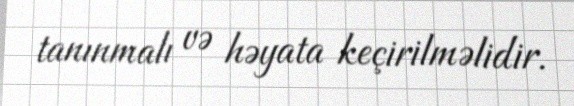
tanınmalı və həyata keçirilməlidir.